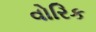
વોરિક